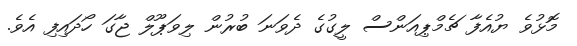
މޮޅުވެ ޔުއެފާ ޗެމްޕިއަންސް ލީގުގެ ދެވަނަ ބުރުން ލިވަޕޫލް ޖާގަ ހޯދައިފި އެވެ.